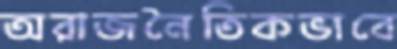
অরাজনৈতিকভাবে